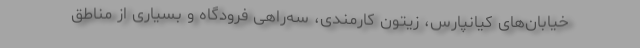
خیابان‌های کیانپارس، زیتون کارمندی، سه‌راهی فرودگاه و بسیاری از مناطق